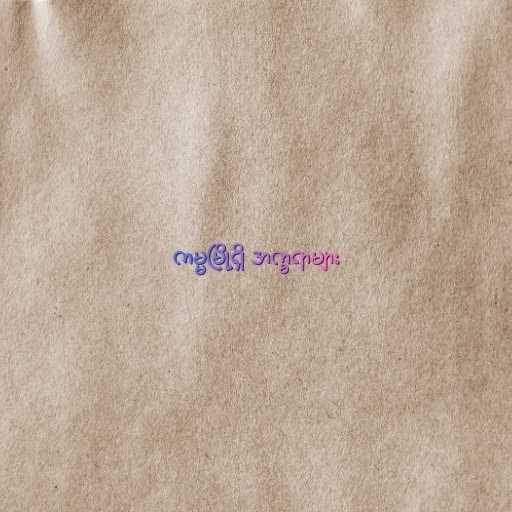
ကမ္မမြို့ရှိ အက္ခရာများ